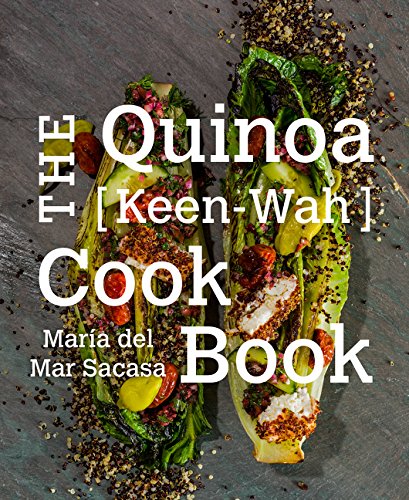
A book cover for The Quinoa [Keen-Wah] Cookbook; Maria del Mar Sacasa; Cookbooks, Food & Wine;